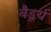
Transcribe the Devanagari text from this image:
बैडूर्य